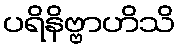
ပရိနိဗ္ဗာဟိသိ